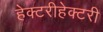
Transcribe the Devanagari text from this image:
हेक्टरीहेक्टरी